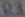
Text: R3